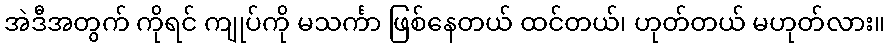
အဲဒီအတွက် ကိုရင် ကျုပ်ကို မသင်္ကာ ဖြစ်နေတယ် ထင်တယ်၊ ဟုတ်တယ် မဟုတ်လား။